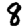
Digit: 8